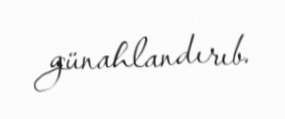
günahlandırıb.